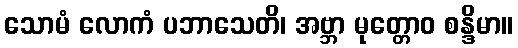
သောမံ လောကံ ပဘာသေတိ၊ အဗ္ဘာ မုတ္တောဝ စန္ဒိမာ။